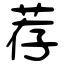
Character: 荐